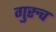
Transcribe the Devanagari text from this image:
गुरुच